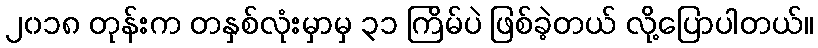
၂၀၁၈ တုန်းက တနှစ်လုံးမှာမှ ၃၁ ကြိမ်ပဲ ဖြစ်ခဲ့တယ် လို့ပြောပါတယ်။